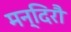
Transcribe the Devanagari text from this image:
मन्दिरौ